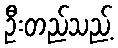
ဦးတည်သည့်